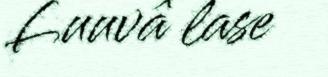
Luuvâ lase